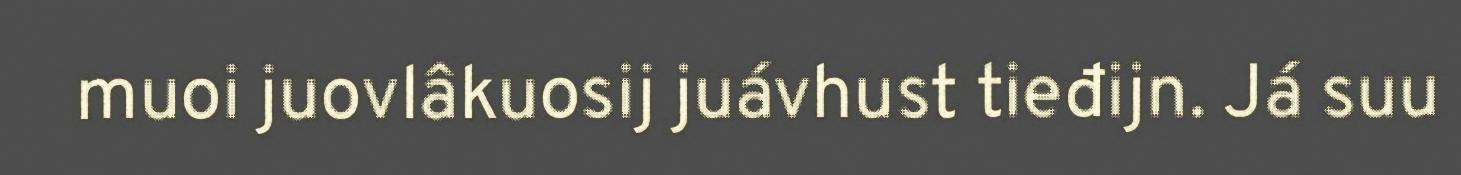
muoi juovlâkuosij juávhust tieđijn. Já suu